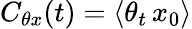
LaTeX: C_{\theta x}(t)=\langle\theta_{t}\, x_{0}\rangle